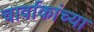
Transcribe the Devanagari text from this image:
चार्वाकांच्या